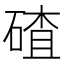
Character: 碴